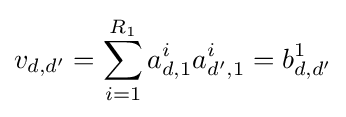
v_{d,d'}=\sum _{i=1}^{R_{1}}{a_{d,1}^{i}a_{d',1}^{i}}=b_{d,d'}^{1}